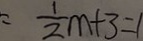
= \frac { 1 } { 2 } m + 3 = 1